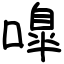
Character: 嘷